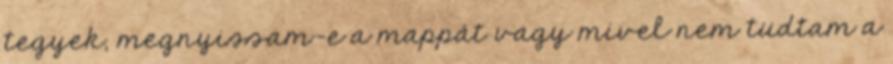
tegyek, megnyissam-e a mappát vagy mivel nem tudtam a